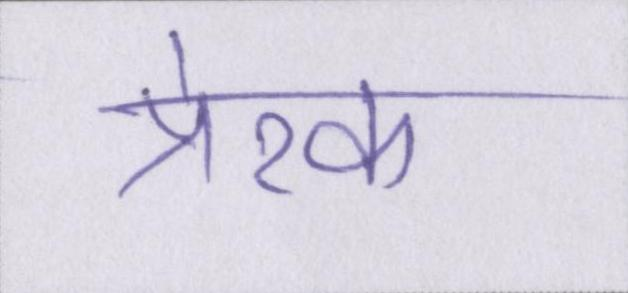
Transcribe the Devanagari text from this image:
प्रेरक